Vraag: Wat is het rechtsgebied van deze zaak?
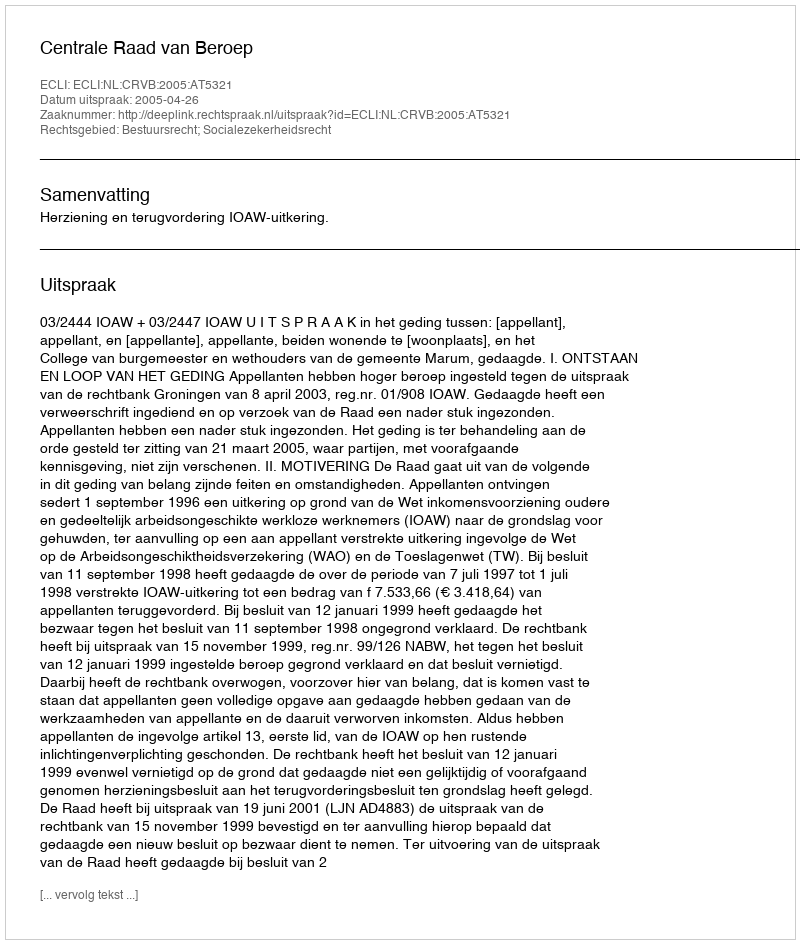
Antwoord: Bestuursrecht; Socialezekerheidsrecht